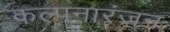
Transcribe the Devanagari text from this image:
कल्पनारंजन